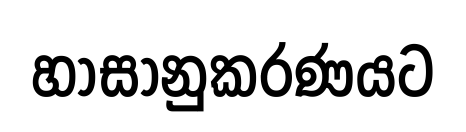
හාසානුකරණයට